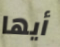
أيها